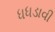
ધધડાવી